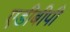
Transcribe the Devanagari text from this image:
एडीबीपी